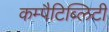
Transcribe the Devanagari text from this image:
कम्पैटिब्लिटी